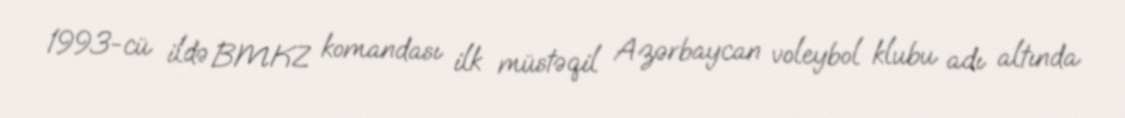
1993-cü ildə BMKZ komandası ilk müstəqil Azərbaycan voleybol klubu adı altında